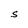
Character: S